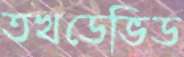
তখডেভিড